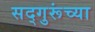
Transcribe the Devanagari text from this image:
सद्‍गुरूंच्या